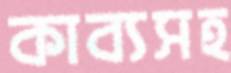
কাব্যসহ